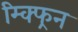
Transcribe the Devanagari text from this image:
म्क्फ्रिन